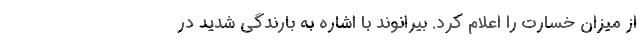
از میزان خسارت را اعلام کرد. بیرانوند با اشاره به بارندگی شدید در